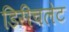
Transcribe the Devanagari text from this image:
डिरीचलेट